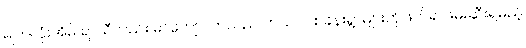
မျက်လုံးအိမ် ရာသီလည်း မာကျောလာသည် တယ်ပင်စခန်းရွာများကိုဖြတ်၍ ဖမ်းဆီးရမည့်